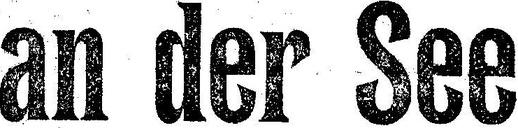
an der See